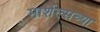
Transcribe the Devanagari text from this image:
मार्शल्सच्या